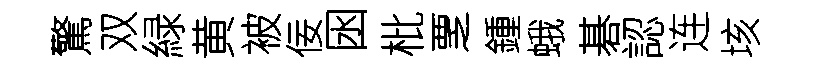
驚双緑黄被佞囦枇覂鍾蛾碁認连垓